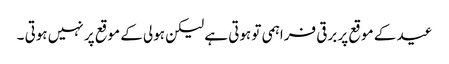
عید کے موقع پر برقی فراہمی تو ہوتی ہے لیکن ہولی کے موقع پر نہیں ہوتی ۔